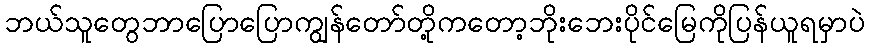
ဘယ်သူတွေဘာပြောပြောကျွန်တော်တို့ကတော့ဘိုးဘေးပိုင်မြေကိုပြန်ယူရမှာပဲ